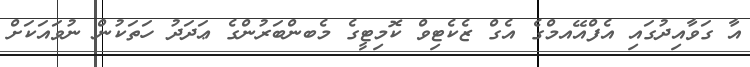
އާ ގަވާއިދުގައި އެފްއޭއމްގެ އެގް ޒެކެޓިވް ކޮމިޓީގެ މެބންބަރުންގެ ޢަދަދު ހަތަކުން ނުވައަކަށް